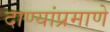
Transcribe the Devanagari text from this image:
दाण्यांप्रमाणे